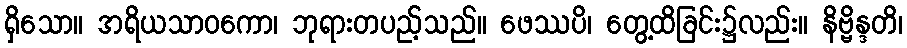
ရှိသော။ အရိယသာဝကော၊ ဘုရားတပည့်သည်။ ဖေဿပိ၊ တွေ့ထိခြင်း၌လည်း။ နိဗ္ဗိန္ဒတိ၊